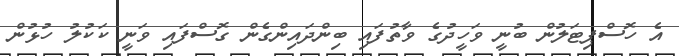
އެ ހޮސްޕިޓަލުން ބުނީ ވަހީދުގެ ވާތުފައި ބިންދައިންގެން ގޮސްފައި ވަނީ ކަކުލު ހުޅުން